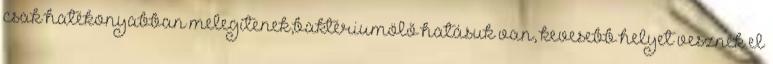
csak hatékonyabban melegítenek,baktériumölő hatásuk van, kevesebb helyet vesznek el